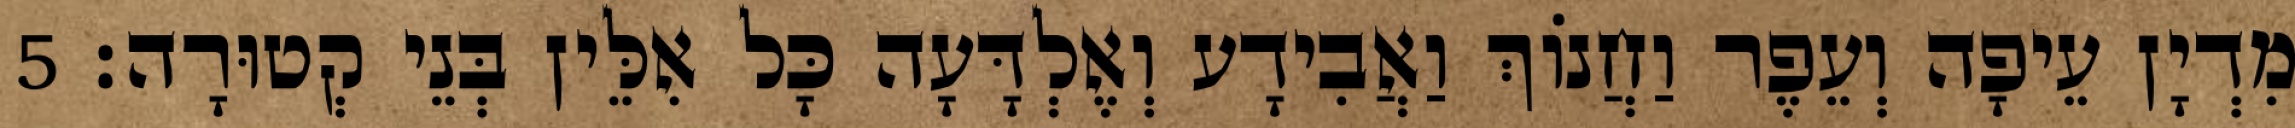
מִדְיָן עֵיפָה וְעֵפֶר וַחֲנוֹךְ וַאֲבִידָע וְאֶלְדָּעָה כָּל אִלֵּין בְּנֵי קְטוּרָה׃ 5